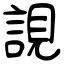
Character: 誢